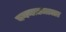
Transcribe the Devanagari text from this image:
वगनाट्याला